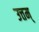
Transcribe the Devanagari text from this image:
उत्तम्